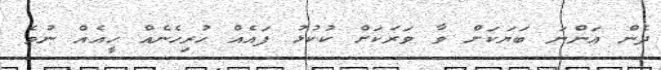
ދެން އަންނަ ބަޔަކަށް ވާ ވަރަކަށް ކުކުޅު ފައެއް ހުރިހެނެއް ހީއެއް ނުވެ